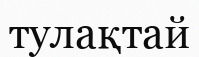
тулақтай